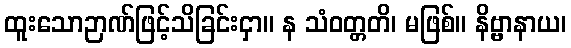
ထူးသောဉာဏ်ဖြင့်သိခြင်းငှာ။ န သံဝတ္တတိ၊ မဖြစ်။ နိဗ္ဗာနာယ၊